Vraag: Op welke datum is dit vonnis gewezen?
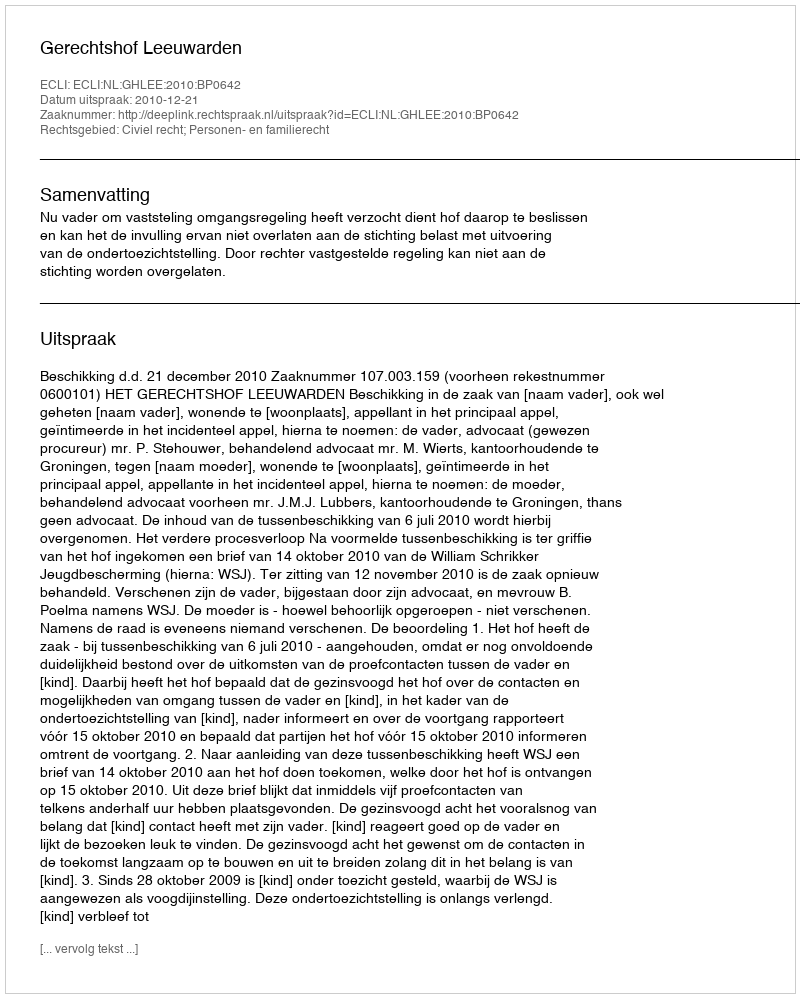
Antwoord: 2010-12-21